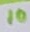
Text: 10